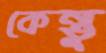
কেন্তু